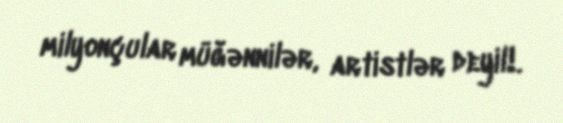
milyonçular müğənnilər, artistlər deyil!.